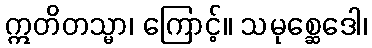
ဣတိတသ္မာ၊ ကြောင့်။ သမုစ္ဆေဒေါ၊